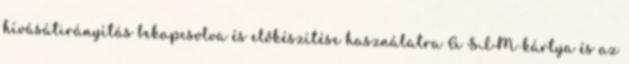
hívásátirányítás bekapcsolva és előkészítése használatra A SIM-kártya és az